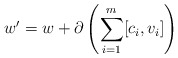
\begin{align*}w'= w + \partial\left(\sum_{i=1}^m [c_i, v_i] \right)\end{align*}